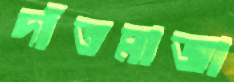
দাঁতমাজা